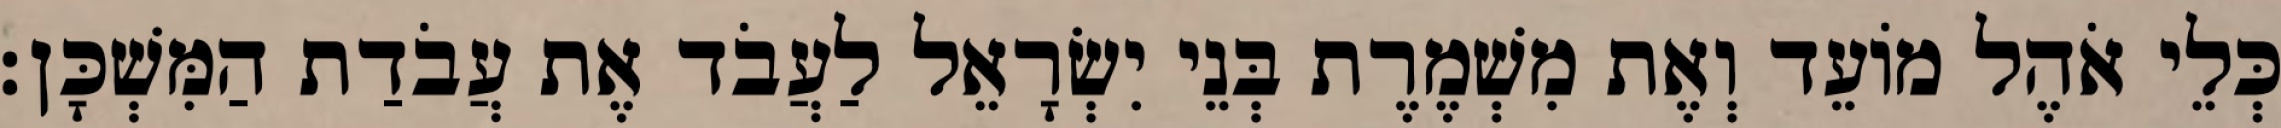
כְּלֵי אֹהֶל מוֹעֵד וְאֶת מִשְׁמֶרֶת בְּנֵי יִשְׂרָאֵל לַעֲבֹד אֶת עֲבֹדַת הַמִּשְׁכָּן׃